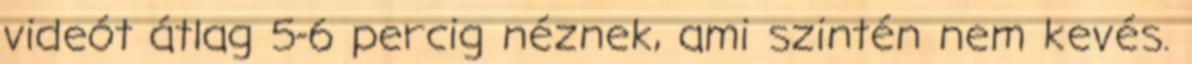
videót átlag 5-6 percig néznek, ami szintén nem kevés.